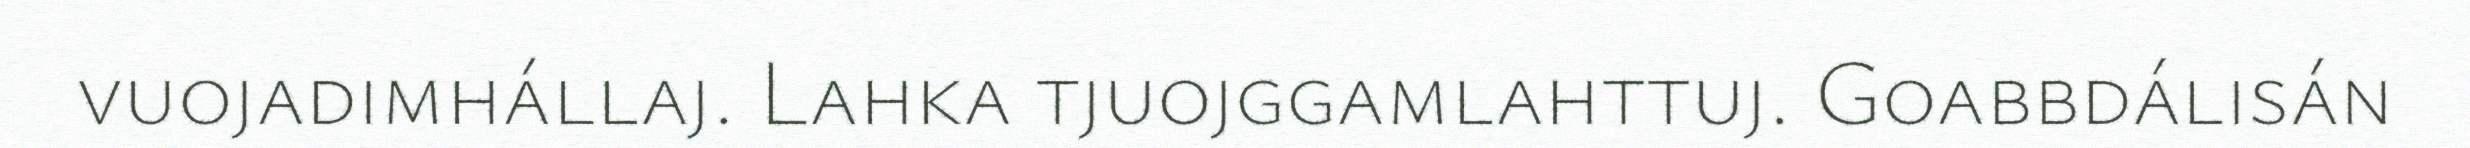
vuojadimhállaj. Lahka tjuojggamlahttuj. Goabbdálisán